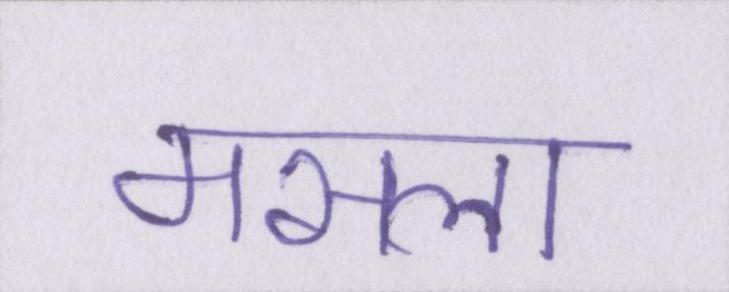
मसला